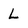
Character: L